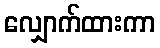
လျှောက်ထားကာ